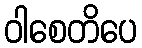
ဝါစေတိပေ